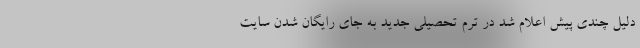
دلیل چندی پیش اعلام شد در ترم تحصیلی جدید به جای رایگان شدن سایت